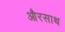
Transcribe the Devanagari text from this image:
औरसाथ